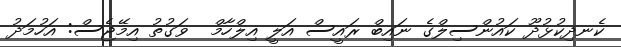
ކެނދިކުޅުދޫ ކައުންސިލްގެ ނައިބް ރައީސް އަލީ އިލްހާމް  ވަގުތު އިމޭޖެސް: އަހުމަދު